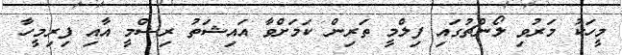
މީހަކު މަރުވި ލޯންޗުގައި ފިލްމީ ތަރިން ކަމަށްވާ އައިޝަތު ރިޝްމީ އާއި ފިރިމީހާ